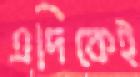
এদিকেই